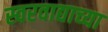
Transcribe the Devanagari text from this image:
स्वरवाद्याच्या